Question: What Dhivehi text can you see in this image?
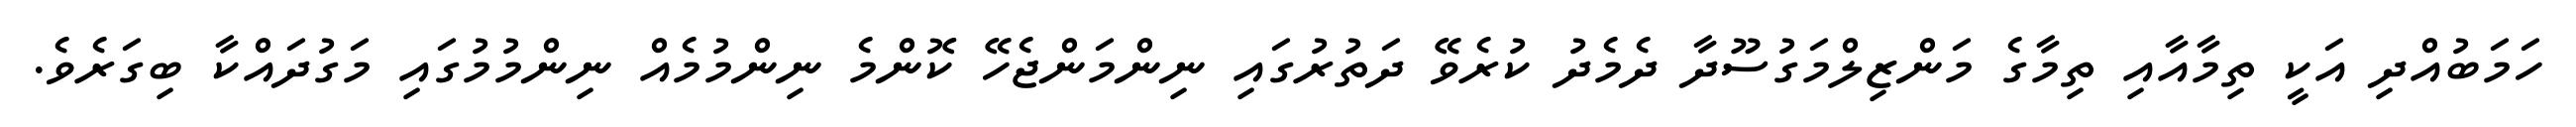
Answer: ހަމަބުއްދި އަކީ ތިމާއާއި ތިމާގެ މަންޒިލްމަގުސޫދާ ދެމެދު ކުރެވޭ ދަތުރުގައި ނިންމަންޖެހޭ ކޮންމެ ނިންމުމެއް ނިންމުމުގައި މަގުދައްކާ ބިގަރެވެ.